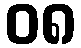
၀၈